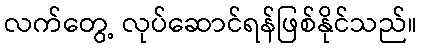
လက်တွေ့ လုပ်ဆောင်ရန်ဖြစ်နိုင်သည်။